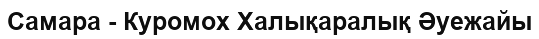
Самара - Куромох Халықаралық Әуежайы